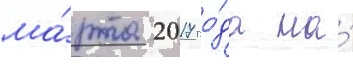
ма́рта 2017 го́да на́